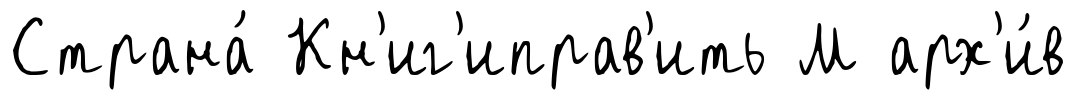
Страна́ Кн'иг'иправ'ить М арх'и́в